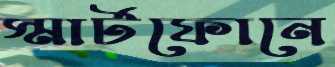
স্মার্টফোনে